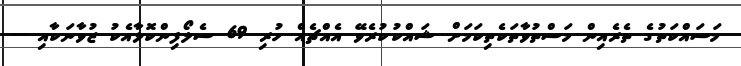
މަސައްކަތުގެ ތެރެއިން މަސްތުވާތަކެތިކަމަށް ޝައްކުކުރެވޭ އެއްޗެއް ހުރި 69 ސެލޯފިންކޮޅާއެކު ޒުވާނަކާއި ...